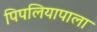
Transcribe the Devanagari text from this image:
पिपलियापाला